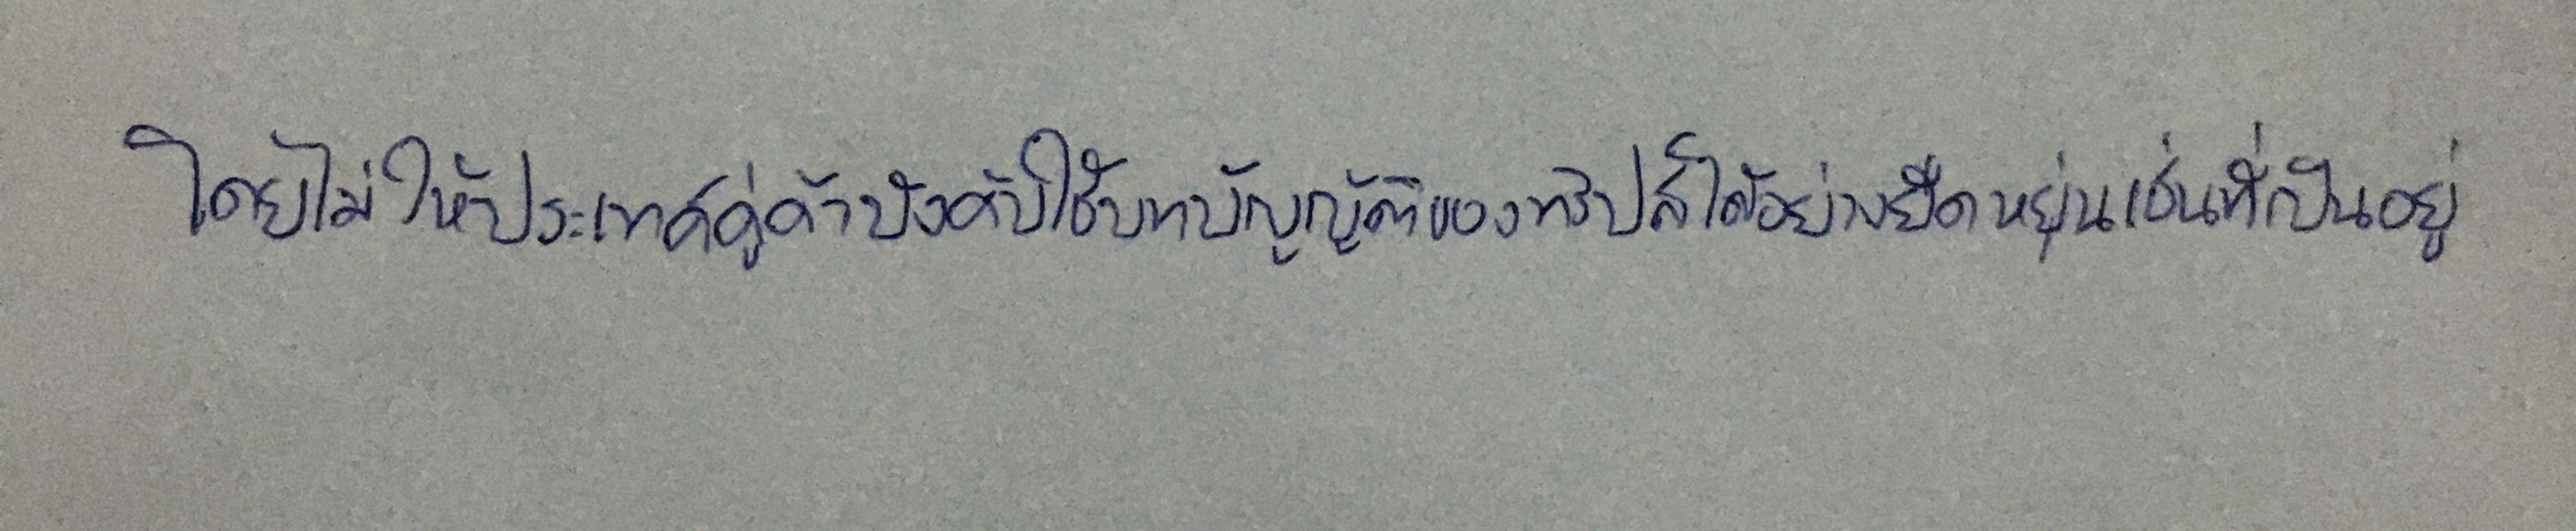
โดยไม่ให้ประเทศคู่ค้าบังคับใช้บทบัญญัติของทริปส์ได้อย่างยืดหยุ่นเช่นที่เป็นอยู่